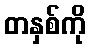
တနှစ်ကို